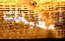
مطبخك